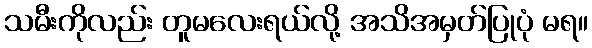
သမီးကိုလည်း တူမလေးရယ်လို့ အသိအမှတ်ပြုပုံ မရ။